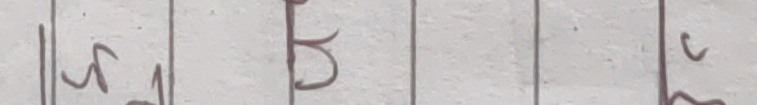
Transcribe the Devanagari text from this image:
भबल